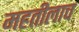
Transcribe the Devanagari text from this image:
महतीलाच